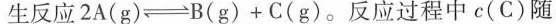
生反应$$2 A ( g ) \rightleftharpoons B ( g ) + C ( g )$$。反应过程中c(C)随